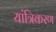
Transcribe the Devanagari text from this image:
यांत्रिकरण